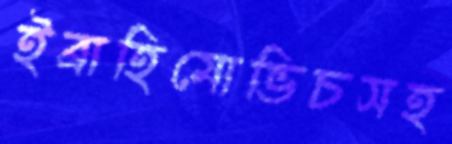
ইব্রাহিমোভিচসহ